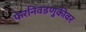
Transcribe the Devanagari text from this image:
फेरनिवडणुकीवर